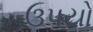
ઉપયો